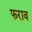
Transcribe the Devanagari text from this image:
फराव